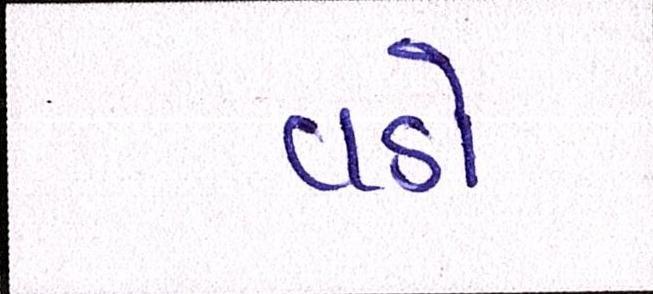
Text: વડો